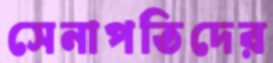
সেনাপতিদের